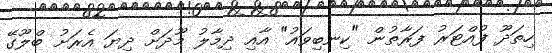
ހިތަދޫ ފުއްޓަރު ފަރާތުން "ކިނބިވައު" އާއި ދިމާލު މޫދަށް ދިޔަ އެރަށު ބްލޫގޭ